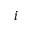
i